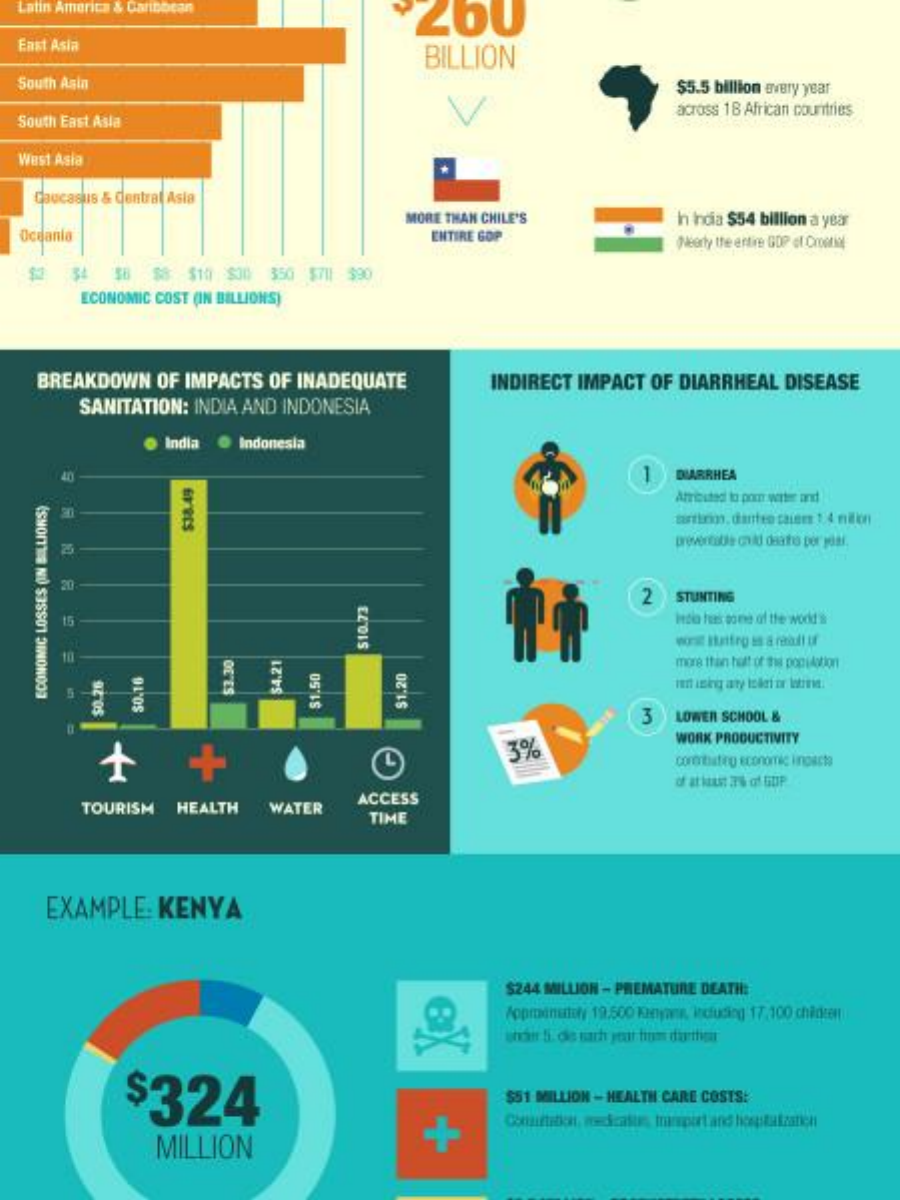
Latin America & Caribbean
     260
  East Asia
     BILLION
  South Asin    $5.5 billion every year
  South East Asia
     across 18 African countries
  West Asia
   Caucasus & Central Asia
     MORE THAN CHILE'S   In india $54 billion a year
  Oceanla    ENTIRE GOP    Nearly the entire GDP of Croatia
     34 $8 $8 $10 $00 350 $711 $90
     ECONOMIC COST (IN BILLIONS)
   BREAKDOWN OF IMPACTS OF INADEQUATE INDIRECT IMPACT OF DIARRHEAL DISEASE
     SANITATION: INDIA AND INDONESIA
     · India @ Indonesia
     1 DIARRHEA
     Attributed to pon wirter art
     20
     tastheion, danten taiers 1,4 milion $38.49
     25
     preventable onid daathe per yesi.
     20
     2 STUNTING
     Ittia tus tons of the wodd's
     $10.73
     more than hatt of the popiAction
     $3.30 $4.21 ECONOMIC
   LOSSES
   (IN
   BILLIONS)
     3
     $1.50
     LOWER SCHOOL &
     $1,20 $0.16 $0.26
     L
     3%
     WORK PRODUCTIVITY
     combating economic inpacte
     of at west 7% of GUP
     TOURISM HEALTH WATER
     ACCESS
     TIME
    EXAMPLE: KENYA
     $244 MILLION - PREMATURE DEATH:
     $324    $51 MILLION - HEALTH CARE COSTS:
     MILLION